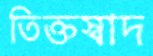
তিক্তস্বাদ